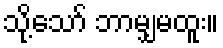
သို့သော် ဘာမျှမထူး။